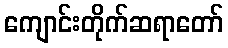
ကျောင်းတိုက်ဆရာတော်